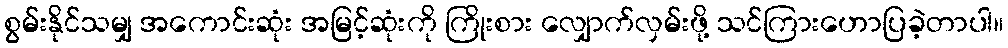
စွမ်းနိုင်သမျှ အကောင်းဆုံး အမြင့်ဆုံးကို ကြိုးစား လျှောက်လှမ်းဖို့ သင်ကြားဟောပြခဲ့တာပါ။